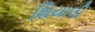
શિયાલી